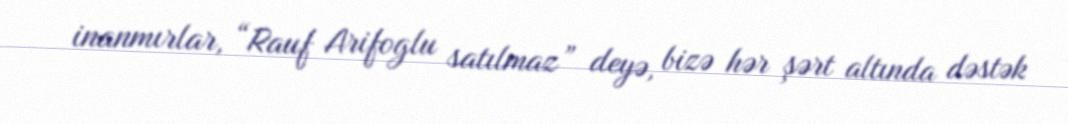
inanmırlar, “Rauf Arifoglu satılmaz” deyə, bizə hər şərt altında dəstək